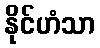
နိုင်ဟံသာ